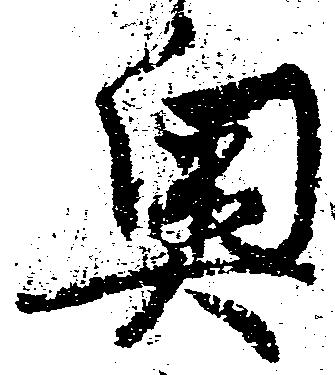
奥